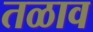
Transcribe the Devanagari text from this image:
तळाव